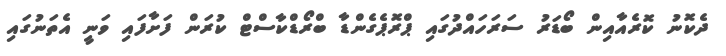
ދެކޮނު ކޮރެއާއިން ބޯޑަރު ސަރަހައްދުގައި ޕްރޮޕެގެންޑާ ބްރޯޑްކާސްޓް ކުރަން ފަށާފައި ވަނީ އެތަނުގައި